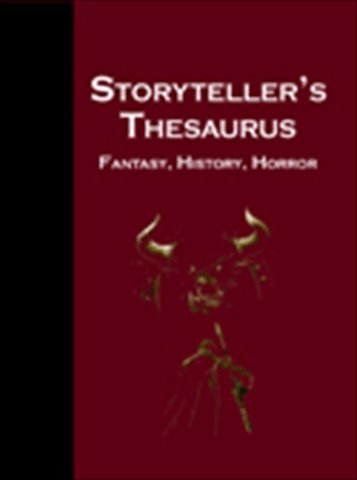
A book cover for The Storyteller's Thesaurus; James M. Ward & Anne K. Brown; Reference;